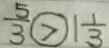
\frac { 5 } { 3 } > 1 \frac { 1 } { 3 }